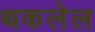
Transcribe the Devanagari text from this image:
थकलेल